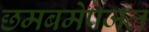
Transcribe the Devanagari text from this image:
छमबमेपजल